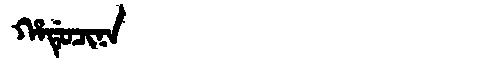
Manchu: ᡥᠠᡩᡠᠴᡳᠨᠠ
Romanization: HADUCINA